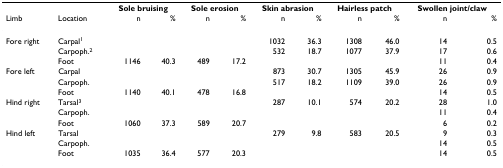
|  |  | <COLSPAN=2> Sole bruising | <COLSPAN=2> Sole erosion | <COLSPAN=2> Skin abrasion | <COLSPAN=2> Hairless patch | <COLSPAN=2> Swollen joint/claw |
 | Limb | Location | n | % | n | % | n | % | n | % | n | % |
 | --- | --- | --- | --- | --- | --- | --- | --- | --- | --- | --- | --- |
 | Fore right | Carpal1 |  |  |  |  | 1032 | 36.3 | 1308 | 46.0 | 14 | 0.5 |
 |  | Carpoph.2 |  |  |  |  | 532 | 18.7 | 1077 | 37.9 | 17 | 0.6 |
 |  | Foot | 1146 | 40.3 | 489 | 17.2 |  |  |  |  | 11 | 0.4 |
 | Fore left | Carpal |  |  |  |  | 873 | 30.7 | 1305 | 45.9 | 26 | 0.9 |
 |  | Carpoph. |  |  |  |  | 517 | 18.2 | 1109 | 39.0 | 26 | 0.9 |
 |  | Foot | 1140 | 40.1 | 478 | 16.8 |  |  |  |  | 14 | 0.5 |
 | Hind right | Tarsal3 |  |  |  |  | 287 | 10.1 | 574 | 20.2 | 28 | 1.0 |
 |  | Carpoph. |  |  |  |  |  |  |  |  | 11 | 0.4 |
 |  | Foot | 1060 | 37.3 | 589 | 20.7 |  |  |  |  | 6 | 0.2 |
 | Hind left | Tarsal |  |  |  |  | 279 | 9.8 | 583 | 20.5 | 9 | 0.3 |
 |  | Carpoph. |  |  |  |  |  |  |  |  | 14 | 0.5 |
 |  | Foot | 1035 | 36.4 | 577 | 20.3 |  |  |  |  | 14 | 0.5 |